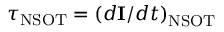
\boldsymbol \tau _ { \mathrm { N S O T } } = \left( d \mathbf { I } / d t \right) _ { \mathrm { N S O T } }